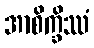
အာစိက္ခိဿံ